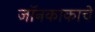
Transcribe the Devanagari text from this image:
जॉनकाकाचे